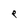
Character: e